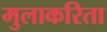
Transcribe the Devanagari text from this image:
मुलाकरिता